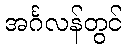
အင်္ဂလန်တွင်